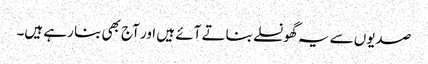
صدیوں سے یہ گھونسلے بناتے آئے ہیں اور آج بھی بنا رہے ہیں۔